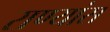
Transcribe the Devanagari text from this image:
राण्यांस